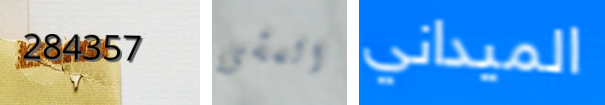
284357 المشى الميداني